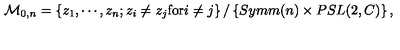
{ \cal M } _ { 0 , n } = \left\{ z _ { 1 } , \cdots , z _ { n } ; z _ { i } \neq z _ { j } \mathrm { f o r } i \neq j \right\} / \left\{ S y m m ( n ) \times P S L ( 2 , C ) \right\} ,